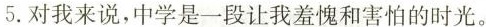
5.对我来说，中学是一段让我羞愧和害怕的时光。